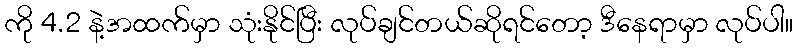
ကို 4.2 နဲ့အထက်မှာ သုံးနိုင်ပြီး လုပ်ချင်တယ်ဆိုရင်တော့ ဒီနေရာမှာ လုပ်ပါ။